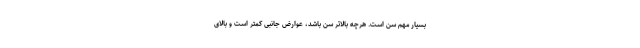
بسیار مهم سن است. هرچه بالاتر سن باشد، عوارض جانبی کمتر است و بالای